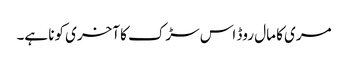
مری کا مال روڈ اس سڑک کا آخری کونا ہے۔